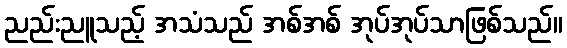
ညည်းညူသည့် အသံသည် အစ်အစ် အုပ်အုပ်သာဖြစ်သည်။